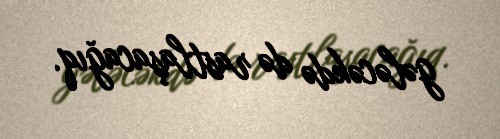
gələcəkdə də rastlaşacağıq.